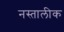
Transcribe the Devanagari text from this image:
नस्तालीक